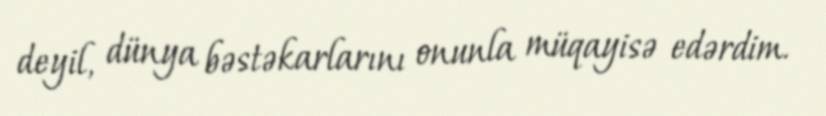
deyil, dünya bəstəkarlarını onunla müqayisə edərdim.